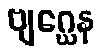
ဗျဂ္ဃေန